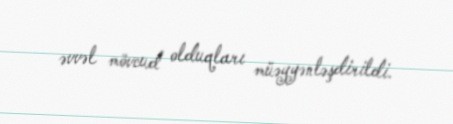
əvvəl mövcud olduqları müəyyənləşdirildi.